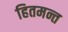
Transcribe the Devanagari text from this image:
हितमन्त